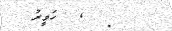
: